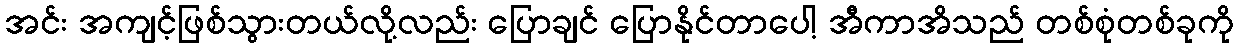
အင်း အကျင့်ဖြစ်သွားတယ်လို့လည်း ပြောချင် ပြောနိုင်တာပေါ့ အီကာအိသည် တစ်စုံတစ်ခုကို